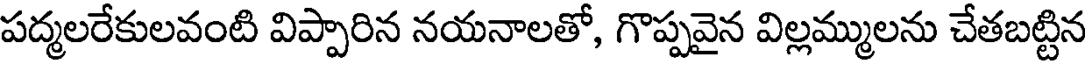
పద్మలరేకులవంటి విప్పారిన నయనాలతో, గొప్పవైన విల్లమ్ములను చేతబట్టిన